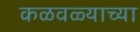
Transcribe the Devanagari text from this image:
कळवळ्याच्या